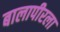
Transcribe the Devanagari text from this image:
बालापीरला